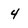
Character: 4